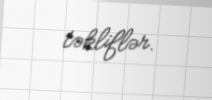
təkliflər.